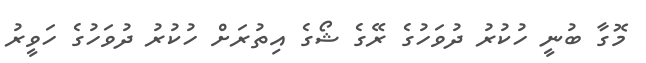
މޮގާ ބުނީ ހުކުރު ދުވަހުގެ ރޭގެ ޝޯގެ އިތުރަށް ހުކުރު ދުވަހުގެ ހަވީރު